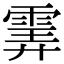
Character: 𩂽